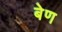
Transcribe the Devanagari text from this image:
बेण